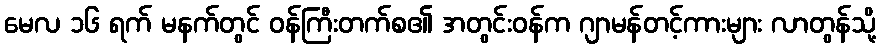
မေလ ၁၆ ရက် မနက်တွင် ဝန်ကြီးတက်စ၏ အတွင်းဝန်က ဂျာမန်တင့်ကားများ လာတွန်သို့